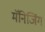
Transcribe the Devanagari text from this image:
मॅनिजिंग